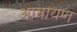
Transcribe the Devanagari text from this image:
आग्रायण